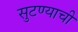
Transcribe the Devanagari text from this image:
सुटण्याची